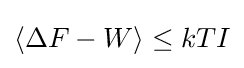
\langle \Delta F-W\rangle \leq kTI